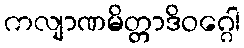
ကလျာဏမိတ္တာဒိဝဂ္ဂေါ